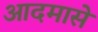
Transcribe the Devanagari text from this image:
आदमासे